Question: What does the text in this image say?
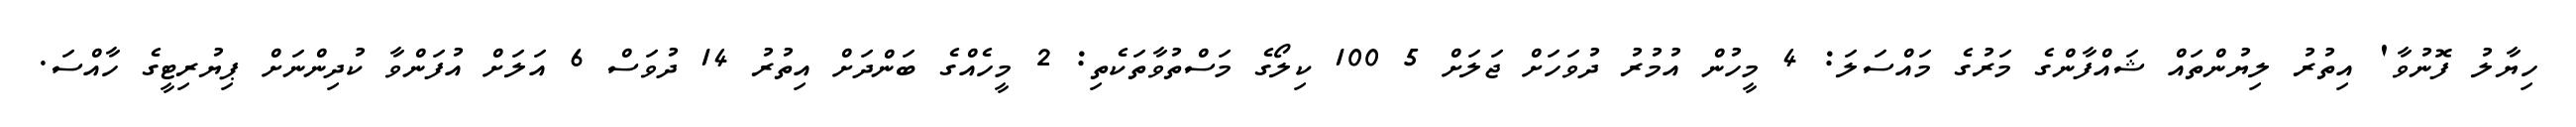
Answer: ހިޔާލު ފޮނުވާ' އިތުރު ލިޔުންތައް ޝައްފާންގެ މަރުގެ މައްސަލަ: 4 މީހުން އުމުރު ދުވަހަށް ޖަލަށް 5 100 ކިލޯގެ މަސްތުވާތަކެތި: 2 މީހެއްގެ ބަންދަށް އިތުރު 14 ދުވަސް 6 އަލަށް އުފަންވާ ކުދިންނަށް ޕިޔުރިޓީގެ ހާއްސަ.